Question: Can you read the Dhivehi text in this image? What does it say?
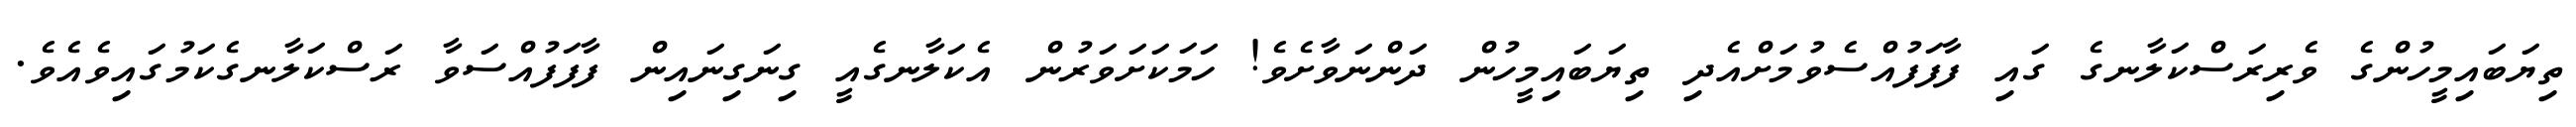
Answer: ތިޔަބައިމީހުންގެ ވެރިރަސްކަލާނގެ ގައި ފާފަފުއްސެވުމަށްއެދި ތިޔަބައިމީހުން ދަންނަވާށެވެ! ހަމަކަށަވަރުން އެކަލާނގެއީ ގިނަގިނައިން ފާފަފުއްސަވާ ރަސްކަލާނގެކަމުގައިވެއެވެ.